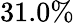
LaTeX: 31.0\%